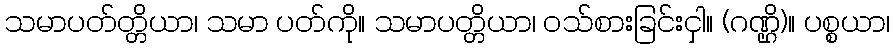
သမာပတ်တ္တိယာ၊ သမာ ပတ်ကို။ သမာပတ္တိယာ၊ ဝသ်စားခြင်းငှါ။ (ဂဏ္ဌိ)။ ပစ္စယာ၊